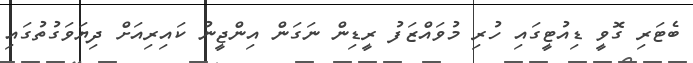
ބެޓަރި ގޮވީ ޑިއުޓީގައި ހުރި މުވައްޒަފު ރީޑިން ނަގަން އިންޖީނު ކައިރިއަށް ދިޔަވަގުތުގައި